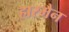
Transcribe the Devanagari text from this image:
हारमैन